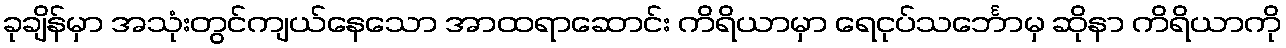
ခုချိန်မှာ အသုံးတွင်ကျယ်နေသော အာထရာဆောင်း ကိရိယာမှာ ရေငုပ်သင်္ဘောမှ ဆိုနာ ကိရိယာကို